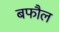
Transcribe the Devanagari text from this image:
बफौल